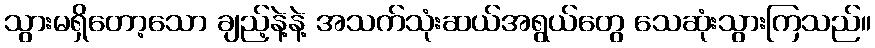
သွားမရှိတော့သော ချည့်နဲ့နဲ့ အသက်သုံးဆယ်အရွယ်တွေ သေဆုံးသွားကြသည်။